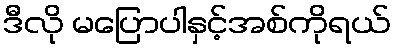
ဒီလို မပြောပါနှင့်အစ်ကိုရယ်